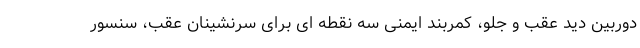
دوربین دید عقب و جلو، کمربند ایمنی سه نقطه ای برای سرنشینان عقب، سنسور